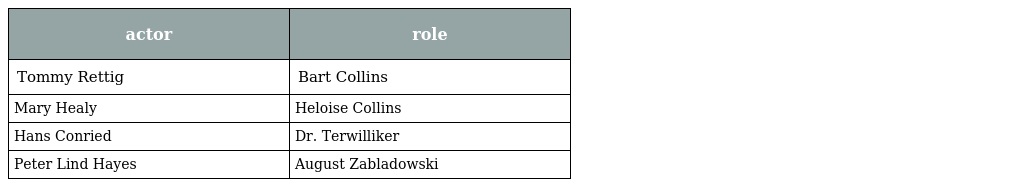
| actor | role |
 | --- | --- |
 | Tommy Rettig | Bart Collins |
 | Mary Healy | Heloise Collins |
 | Hans Conried | Dr. Terwilliker |
 | Peter Lind Hayes | August Zabladowski |